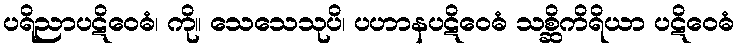
ပရိညာပဋိဝေဓံ၊ ကို။ သေသေသုပိ၊ ပဟာနပဋိဝေဓံ သစ္ဆိကိရိယာ ပဋိဝေဓံ